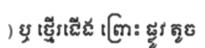
) ឬ ថ្មើរជើង ព្រោះ ផ្លូវ តូច